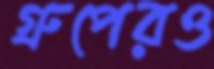
গ্রুপেরও